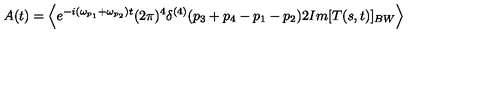
A ( t ) = \left\langle { e ^ { - i ( \omega _ { p _ { 1 } } + \omega _ { p _ { 2 } } ) t } ( 2 \pi ) ^ { 4 } \delta ^ { ( 4 ) } ( p _ { 3 } + p _ { 4 } - p _ { 1 } - p _ { 2 } ) 2 I m [ T ( s , t ) ] _ { B W } } \right\rangle